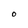
Character: o